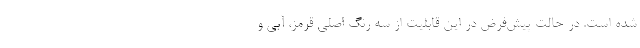
شده است. در حالت پیش‌فرض در این قابلیت از سه رنگ اصلی قرمز، آبی و